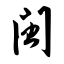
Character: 闽